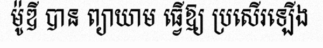
ម៉ូឌី បាន ព្យាយាម ធ្វើឱ្យ ប្រសើរឡើង